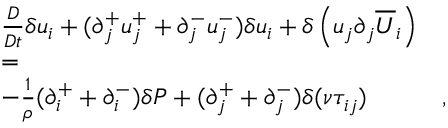
\begin{array} { r l r } & { \frac { D } { D t } \delta u _ { i } + ( \partial _ { j } ^ { + } u _ { j } ^ { + } + \partial _ { j } ^ { - } u _ { j } ^ { - } ) \delta u _ { i } + \delta \left( u _ { j } \partial _ { j } \overline { { U } } _ { i } \right) } & \\ & { = } & \\ & { - \frac { 1 } { \rho } ( \partial _ { i } ^ { + } + \partial _ { i } ^ { - } ) \delta P + ( \partial _ { j } ^ { + } + \partial _ { j } ^ { - } ) \delta ( \nu \tau _ { i j } ) } & { , } \end{array}